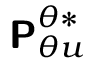
\boldsymbol { \mathsf { P } } _ { \theta u } ^ { \theta * }